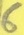
Text: 6